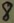
Text: 8